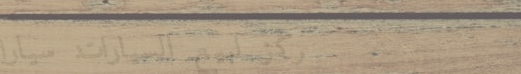
مركز لبيع السيارات: سيارا